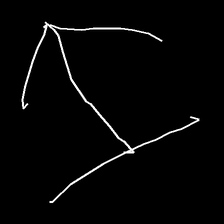
Glyph: levitation